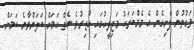
ވަގުތުން ފެށިގެން އެ މެމްބަރަކު މަޖިލީހުގައި ހާޒިރުވެ ނެތް ކަމަށް ބަލަންވާނެ ކަމަށް